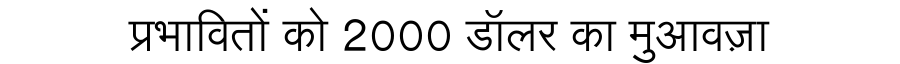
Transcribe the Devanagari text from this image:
प्रभावितों को 2000 डॉलर का मुआवज़ा